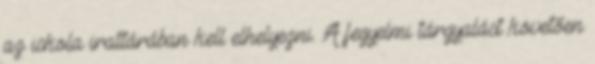
az iskola irattárában kell elhelyezni. A fegyelmi tárgyalást követően